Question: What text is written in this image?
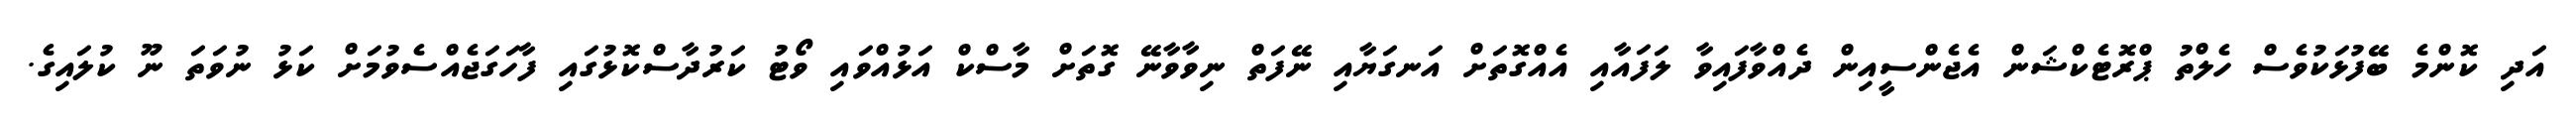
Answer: އަދި ކޮންމެ ބޭފުޅަކުވެސް ހެލްތު ޕްރޮޓެކްޝަން އެޖެންސީއިން ދެއްވާފައިވާ ލަފައާއި އެއްގޮތަށް އަނގަޔާއި ނޭފަތް ނިވާވާނޭ ގޮތަށް މާސްކް އަޅުއްވައި ވޯޓު ކަރުދާސްކޮޅުގައި ފާހަގަޖެއްސެވުމަށް ކަޅު ނުވަތަ ނޫ ކުލައިގެ.